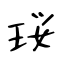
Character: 珱